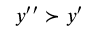
y ^ { \prime \prime } \succ y ^ { \prime }